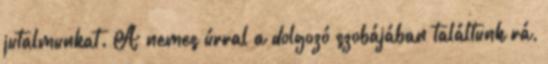
jutalmunkat. A nemes úrral a dolgozó szobájában találtunk rá,